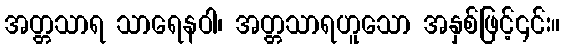
အတ္တသာရ သာရေနဝါ၊ အတ္တသာရဟူသော အနှစ်ဖြင့်၎င်း။